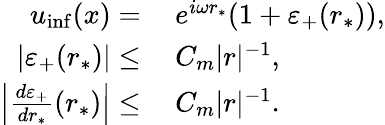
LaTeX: \begin{array}{rl}{u_{\operatorname*{inf}}(x)=}&{\: e^{i\omega r_{*}}(1+\varepsilon_{+}(r_{*})),}\\ {|\varepsilon_{+}(r_{*})|\leq}&{\: C_{m}|r|^{-1},}\\ {\left|\frac{d\varepsilon_{+}}{dr_{*}}(r_{*})\right|\leq}&{\: C_{m}|r|^{-1}.}\end{array}